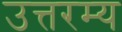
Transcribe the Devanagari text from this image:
उत्तरम्य